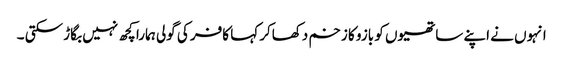
انہوں نے اپنے ساتھیوں کو بازو کا زخم دکھاکر کہا کافر کی گولی ہمارا کچھ نہیں بگاڑ سکتی ۔